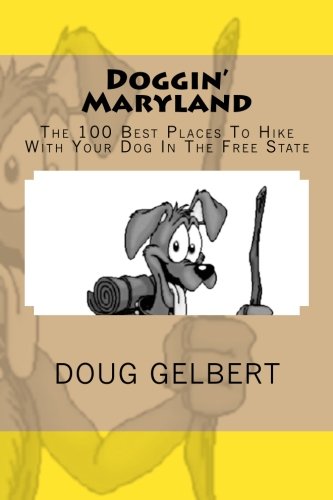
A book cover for Doggin' Maryland: The 100 Best Places To Hike With Your Dog In The Free State; Doug Gelbert; Travel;